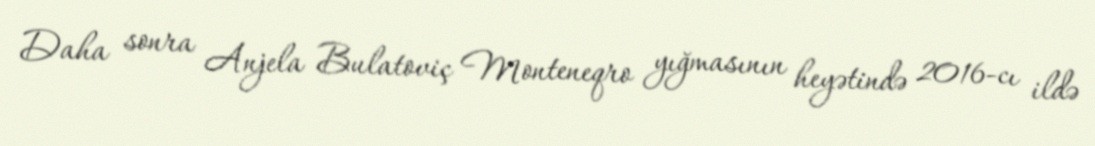
Daha sonra Anjela Bulatoviç Monteneqro yığmasının heyətində 2016-cı ildə